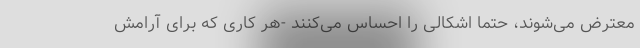
معترض می‌شوند، حتماً اشکالی را احساس می‌کنند -هر کاری که برای آرامش